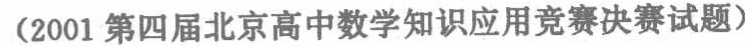
(2001 第四届北京高中数学知识应用竞赛决赛试题)